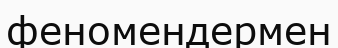
феномендермен